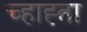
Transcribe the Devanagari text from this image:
च्हाह्ता